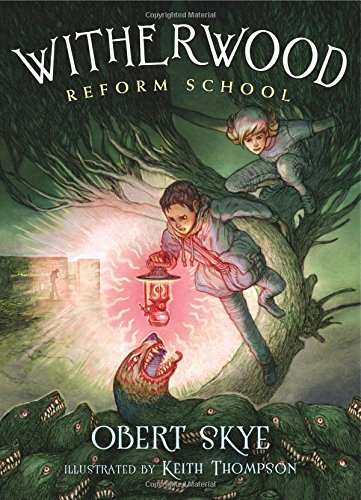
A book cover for Witherwood Reform School; Obert Skye; Health, Fitness & Dieting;